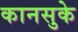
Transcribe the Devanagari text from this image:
कानसुके